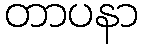
တာပနာ